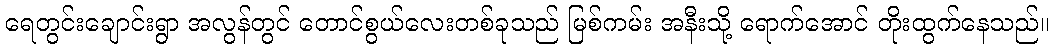
ရေတွင်းချောင်းရွာ အလွန်တွင် တောင်စွယ်လေးတစ်ခုသည် မြစ်ကမ်း အနီးသို့ ရောက်အောင် တိုးထွက်နေသည်။